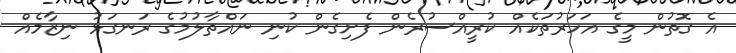
އެ ގޮތުން މީގެ އަހަރުތަކެއް ކުރީއްސުރެން ފެށިގެން ކުނި ނައްތާލުމުގެ ރަނގަޅު ނިޒާމެއް